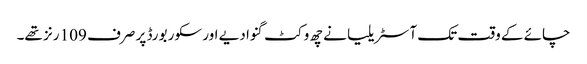
چائے کے وقت تک آسٹریلیا نے چھ وکٹ گنوا دیے اور سکور بورڈ پر صرف 109 رنز تھے۔